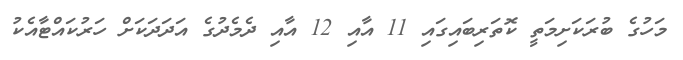
މަހުގެ ބުރަކަށިމަތީ ކޮތަރިބައިގައި 11 އާއި 12 އާއި ދެމެދުގެ އަދަދަކަށް ހަރުކައްޓާއެކު